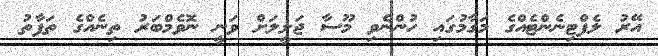
އޭރު ލެފްޓިނެންޓެއްގެ މަގާމުގައި ހުންނެވި މޫސާ ޖަލީލަށް ވަނީ ނޮވެމްބަރު ތިނެއްގެ ތަފާތު